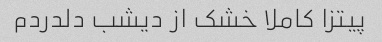
پیتزا کاملا خشک از دیشب دلدردم